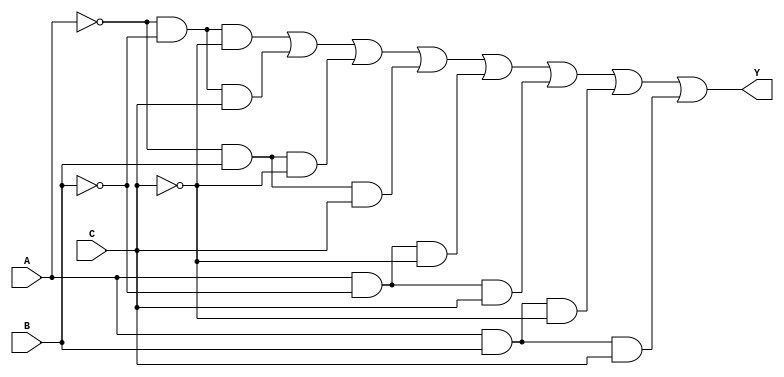
module three_variable_kmap (
    input wire A,   // Input variable A
    input wire B,   // Input variable B
    input wire C,   // Input variable C
    output wire Y   // Output variable Y
);

// Assign output Y based on the K-map minterms
assign Y = ( ~A & ~B & ~C ) | // Y0 (000)
           ( ~A & ~B &  C ) | // Y1 (001)
           ( ~A &  B & ~C ) | // Y2 (010)
           ( ~A &  B &  C ) | // Y3 (011)
           (  A & ~B & ~C ) | // Y4 (100)
           (  A & ~B &  C ) | // Y5 (101)
           (  A &  B & ~C ) | // Y6 (110)
           (  A &  B &  C );  // Y7 (111)

// Example K-map population can be done by
// using the following combination of terms based on the 
// desired '1's in the K-map.
// Uncomment the following example line to create a specific output
// assign Y = ( ~A &  B ) | (  A & ~B & C ); // Example: Y = A'B + AB'C

endmodule